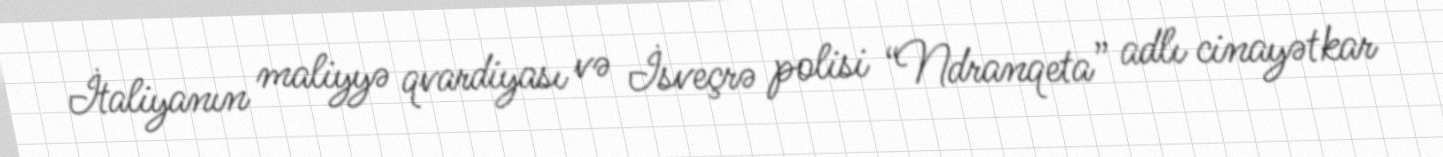
İtaliyanın maliyyə qvardiyası və İsveçrə polisi “Ndranqeta” adlı cinayətkar